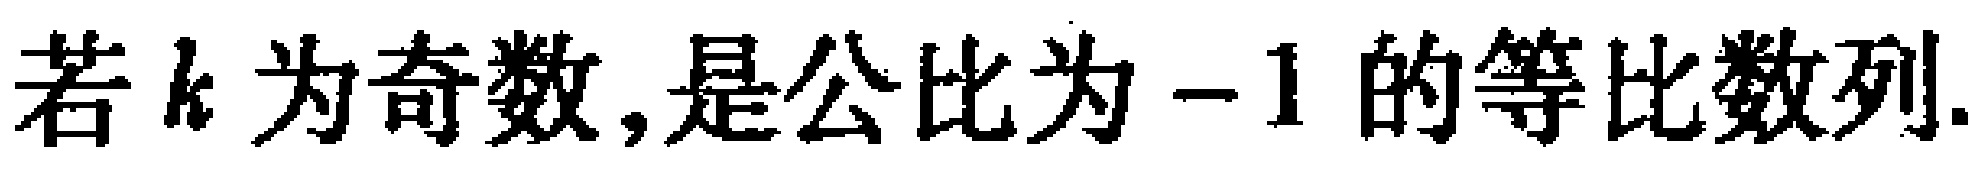
若\(k\)为奇数,是公比为\(-1\)的等比数列.